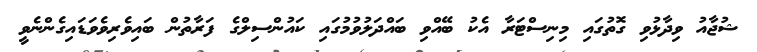
ޝުޖާއު ވިދާޅުވި ގޮތުގައި މިނިސްޓަރާ އެކު ބޭއްވި ބައްދަލުވުމުގައި ކައުންސިލްގެ ފަރާތުން ބައިވެރިވެވަޑައިގެންނެވީ